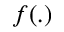
f ( . )